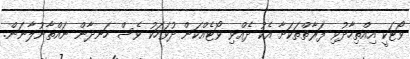
ވޯޓަކީ އިއްތިހާދުވި ފަރާތްތަކަށާ އެކު ދެއްވި ވޯޓެއްކަން ދުވަހަކު ވެސް ހަނދާން ނައްތާނުލާނަން.